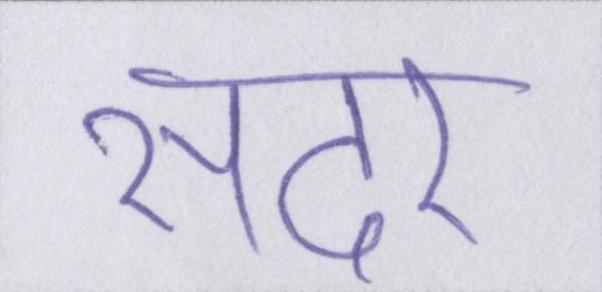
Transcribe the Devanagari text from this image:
सदर